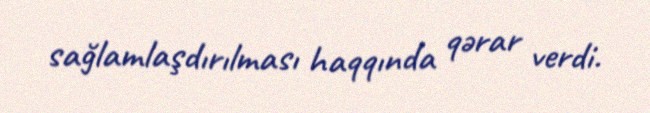
sağlamlaşdırılması haqqında qərar verdi.